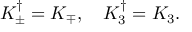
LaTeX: K _ { \pm } ^ { \dagger } = K _ { \mp } , \quad K _ { 3 } ^ { \dagger } = K _ { 3 } .